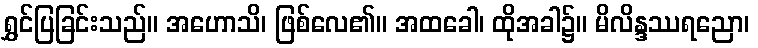
ရွှင်ပြခြင်းသည်။ အဟောသိ၊ ဖြစ်လေ၏။ အထခေါ၊ ထိုအခါ၌။ မိလိန္ဒဿရညော၊